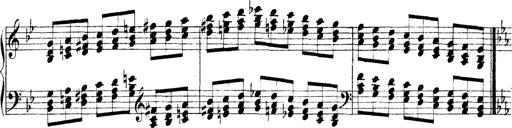
Title: Technische Studien
Composer: Franz Liszt